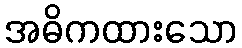
အဓိကထားသော